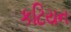
કટિયન